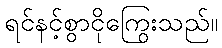
ရင်နင့်စွာငိုကြွေးသည်။